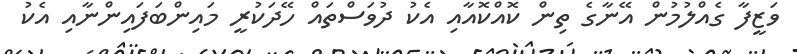
ވަޒީފާ ގެއްލުމުން އޭނާގެ ތިން ކޮއްކޮއާއި އެކު ދުވަސްތައް ހޭދަކުރީ މައިންބަފައިންނާއި އެކު